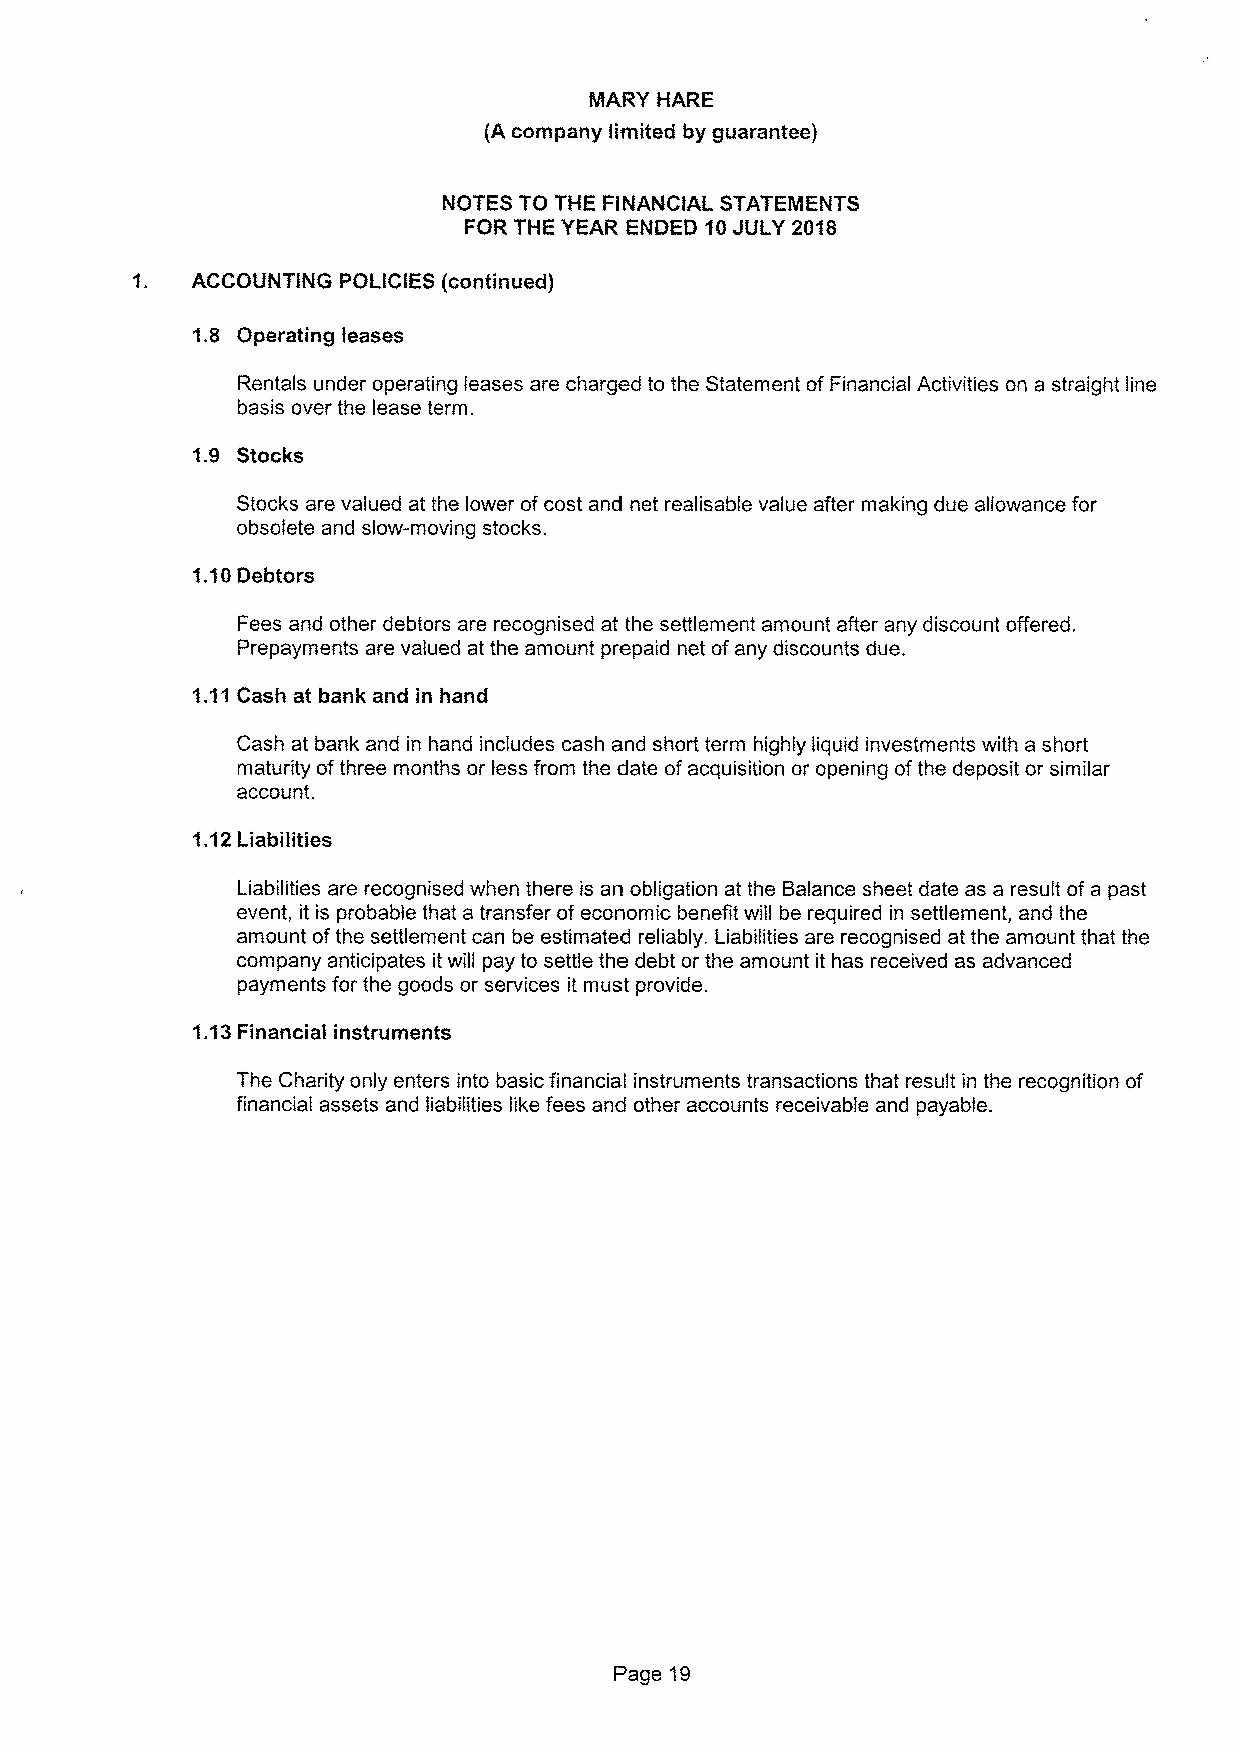
NOTES TO THE FINANCIAL STATEMENTS
 FOR THE YEAR ENDED I0 JULY 2018
 ACCOUNTING POLICIES (continued)
 1.8 Operating leases
 Rentals under operating leases are charged to the Statement of Financial Activities on a straight line
 basis over the lease term.
 1.9 Stocks
 Stocks are valued at the lower ofcost and net realisable value after making due allowance for
 obsolete and slow-moving stocks.
 1.10Debtors
 Fees and other debtors are recognised at the settlement amount after any discount offered.
 Prepayments are valued at the amount prepaid net ofany discounts due.
 Cash at bank and in hand includes cash and short term highly liquid investments with a short
 maturity ofthree months or less from the date ofacquisition or opening ofthe deposit or similar
 account.
 1.12Liabilities
 Liabilities are recognised when there is an obligation at the Balance sheet date as a result ofa past
 event, it is probable that a transfer of economic benefit will be required in settlement, and the
 amount ofthe settlement can be estimated reliably. Liabilities are recognised at the amount that the
 company anticipates it will pay to settle the debt or the amount it has received as advanced
 payments for the goods or services it must provide.
 1.13Financial instruments
 The Charity only enters into basic financial instruments transactions that result in the recognition of
 financial assets and liabilities like fees and other accounts receivable and payable.
 Page 19